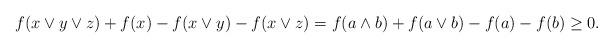
LaTeX: \begin{align*}f(x\vee y\vee z)+f(x)- f(x\vee y)-f(x\vee z)=f(a\wedge b)+ f(a\vee b)-f(a)-f(b)\ge0.\end{align*}